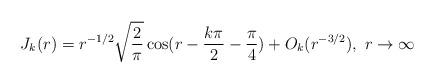
LaTeX: \begin{align*}J_k(r)=r^{-1/2}\sqrt{\frac2{\pi}}\cos(r-\frac{k\pi}2-\frac{\pi}4)+O_{k}(r^{-3/2}),~ r\rightarrow\infty\end{align*}